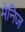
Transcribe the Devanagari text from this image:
मेनिज